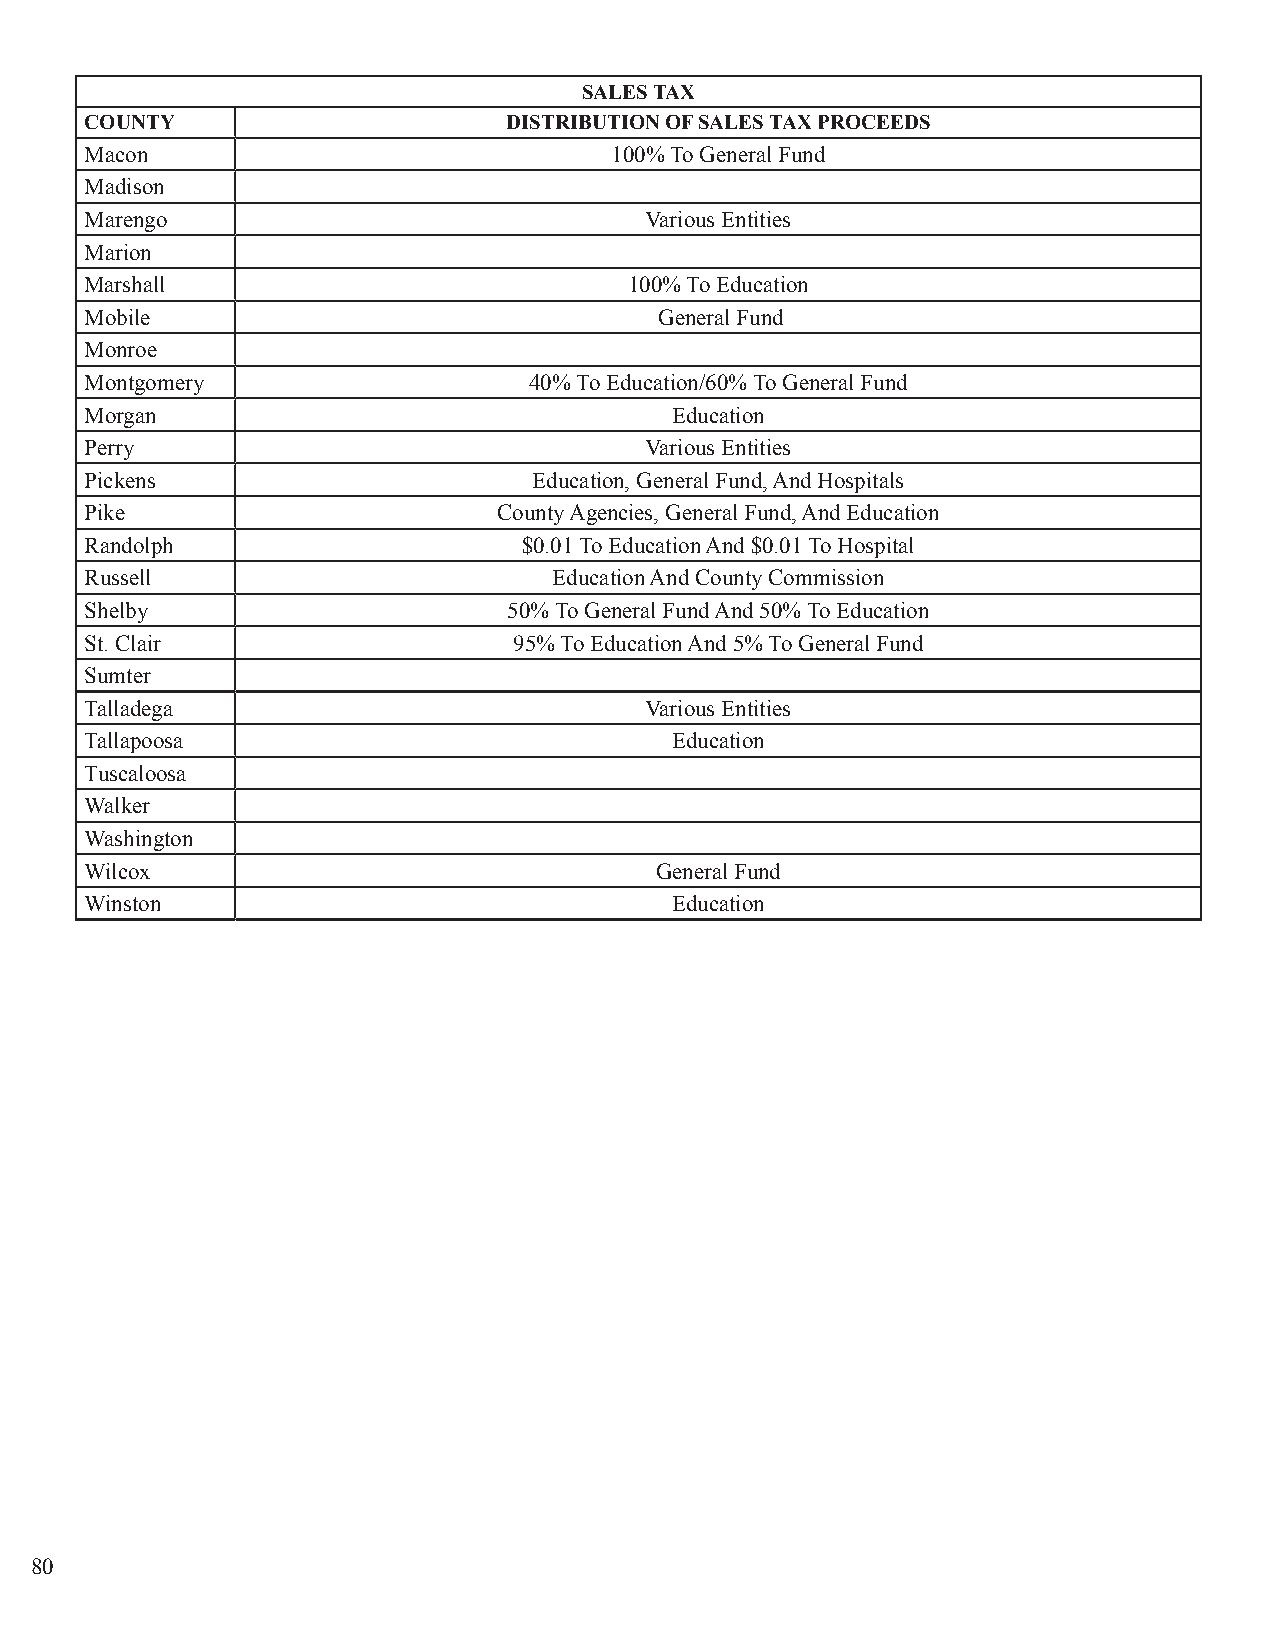
SALES TAX
 COUNTY                     DISTRIBUTION OF SALES TAX PROCEEDS
 Macon                             100% To General Fund
 Madison
 Marengo                              Various Entities
 Marion
 Marshall                            100% To Education
 Mobile                                General Fund
 Monroe
 Montgomery                   40% To Education/60% To General Fund
 Morgan                                Education
 Perry                                Various Entities
 Pickens                      Education, General Fund, And Hospitals
 Pike                       County Agencies, General Fund, And Education
 Randolph                     $0.01 To Education And $0.01 To Hospital
 Russell                        Education And County Commission
 Shelby                      50% To General Fund And 50% To Education
 St. Clair                   95% To Education And 5% To General Fund
 Sumter
 Talladega                            Various Entities
 Tallapoosa                            Education
 Tuscaloosa
 Walker
 Washington
 Wilcox                               General Fund
 Winston                               Education
 80